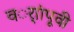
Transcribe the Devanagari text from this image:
वर्ाांपूवी